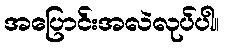
အပြောင်းအလဲလုပ်ပါ။